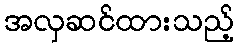
အလှဆင်ထားသည့်